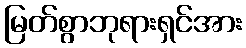
မြတ်စွာဘုရားရှင်အား